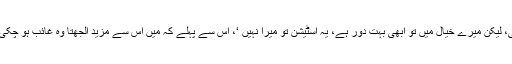
’واقعی، لیکن میرے خیال میں تو ابھی بہت دور ہے، یہ اسٹیشن تو میرا نہیں ‘، اس سے پہلے کہ میں اس سے مزید الجھتا وہ غائب ہو چکی تھی۔